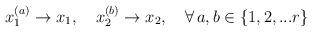
LaTeX: \begin{align*}x_1^{(a)} \rightarrow x_1, \quad x_2^{(b)} \rightarrow x_2, \quad \forall \,a,b \in \{1, 2,...r\}\end{align*}